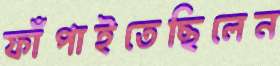
ফাঁপাইতেছিলেন